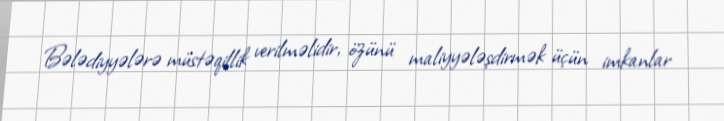
Bələdiyyələrə müstəqillik verilməlidir, özünü maliyyələşdirmək üçün imkanlar